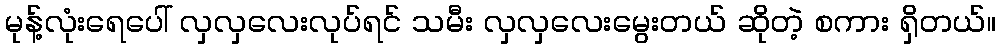
မုန့်လုံးရေပေါ် လှလှလေးလုပ်ရင် သမီး လှလှလေးမွေးတယ် ဆိုတဲ့ စကား ရှိတယ်။